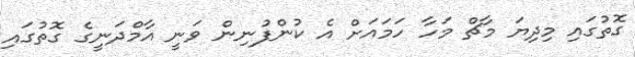
ގޮތުގައި މިދިޔަ މާޗް މަހާ ހަމައަށް އެ ކުންފުނިން ވަނީ އާމްދަނީގެ ގޮތުގައި